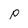
Character: p